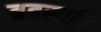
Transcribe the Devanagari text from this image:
ब्रहस्पति